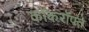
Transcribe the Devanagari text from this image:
कॉकरॉफ्त